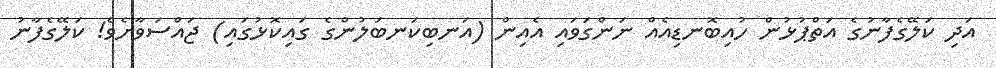
އަދި ކަލޭގެފާނުގެ އަތްޕުޅުން ހުއިބޮނޑިއެއް ނަންގަވައި އެއިން (އަނބިކަނބަލުންގެ ގައިކޮޅުގައި) ޖައްސަވާށެވެ! ކަލޭގެފާނު